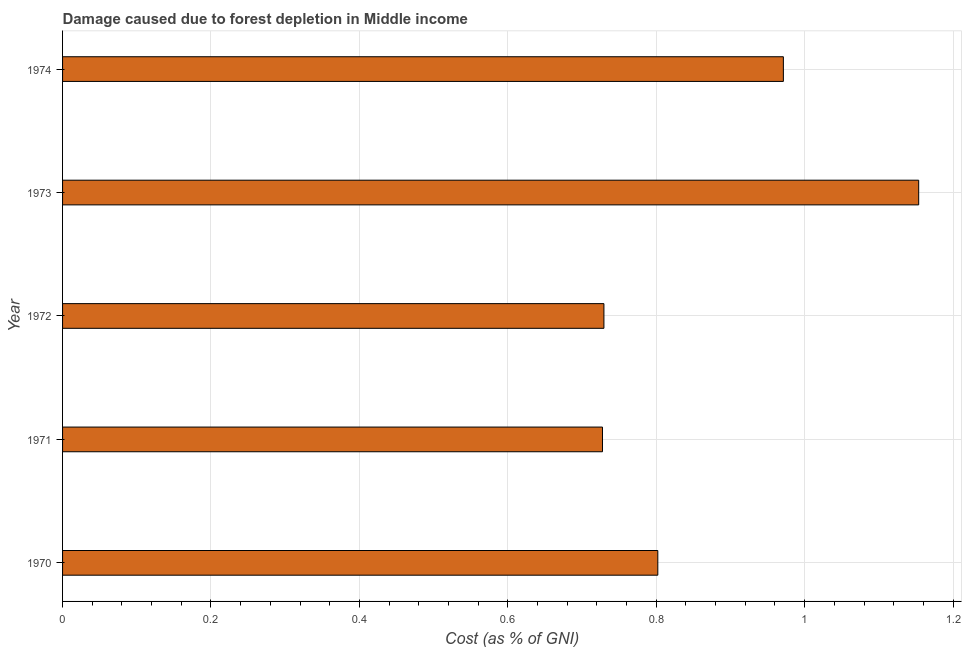
| Year | net forest depletion |
 | --- | --- |
 | 1970 | 0.802 |
 | 1971 | 0.728 |
 | 1972 | 0.73 |
 | 1973 | 1.15 |
 | 1974 | 0.971 |